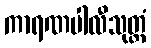
ကာရဏပါလီသုတ္တံ